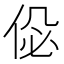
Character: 𠉘